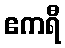
ဧကရီ